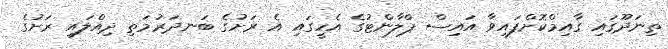
ތިނަދޫގައި ގާއިމްކޮށްފައިވާ އައިސް ޕްލާންޓުގެ އެހީގައި އެ ރަށުގެ ބަނދަރުމަތި ދިއްލައި ރަށުގެ